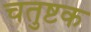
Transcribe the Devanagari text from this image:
चतुष्टक